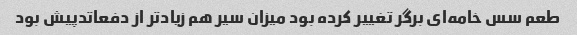
طعم سس خامه‌ای برگر تغییر کرده بود میزان سیر هم زیادتر از دفعاتدپیش بود